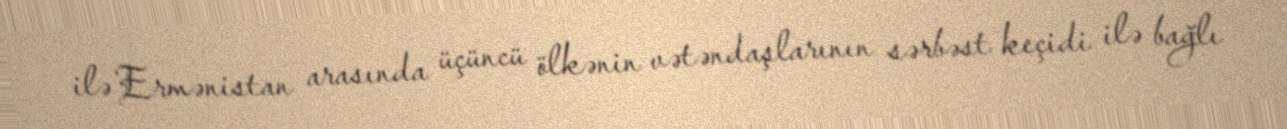
ilə Ermənistan arasında üçüncü ölkənin vətəndaşlarının sərbəst keçidi ilə bağlı